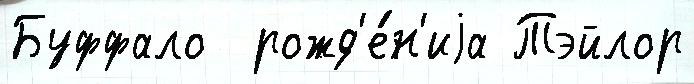
Буффало  рожд'е́н'иjа Тэйлор